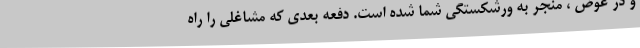
و در عوض ، منجر به ورشکستگی شما شده است. دفعه بعدی که مشاغلی را راه